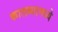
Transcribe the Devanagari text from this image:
कालव्यामध्ये